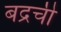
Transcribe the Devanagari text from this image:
बद्रची